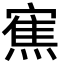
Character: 𭔓